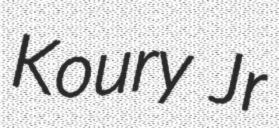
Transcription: Koury Jr